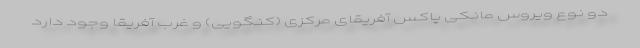
دو نوع ویروس مانکی پاکس آفریقای مرکزی (کنگویی) و غرب آفریقا وجود دارد